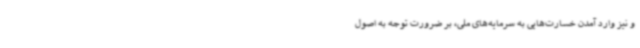
و نیز وارد آمدن خسارت‌هایی به سرمایه‌های ملی، بر ضرورت توجه به اصول